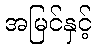
အမြင်နှင့်